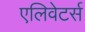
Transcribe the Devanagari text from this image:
एलिवेटर्स